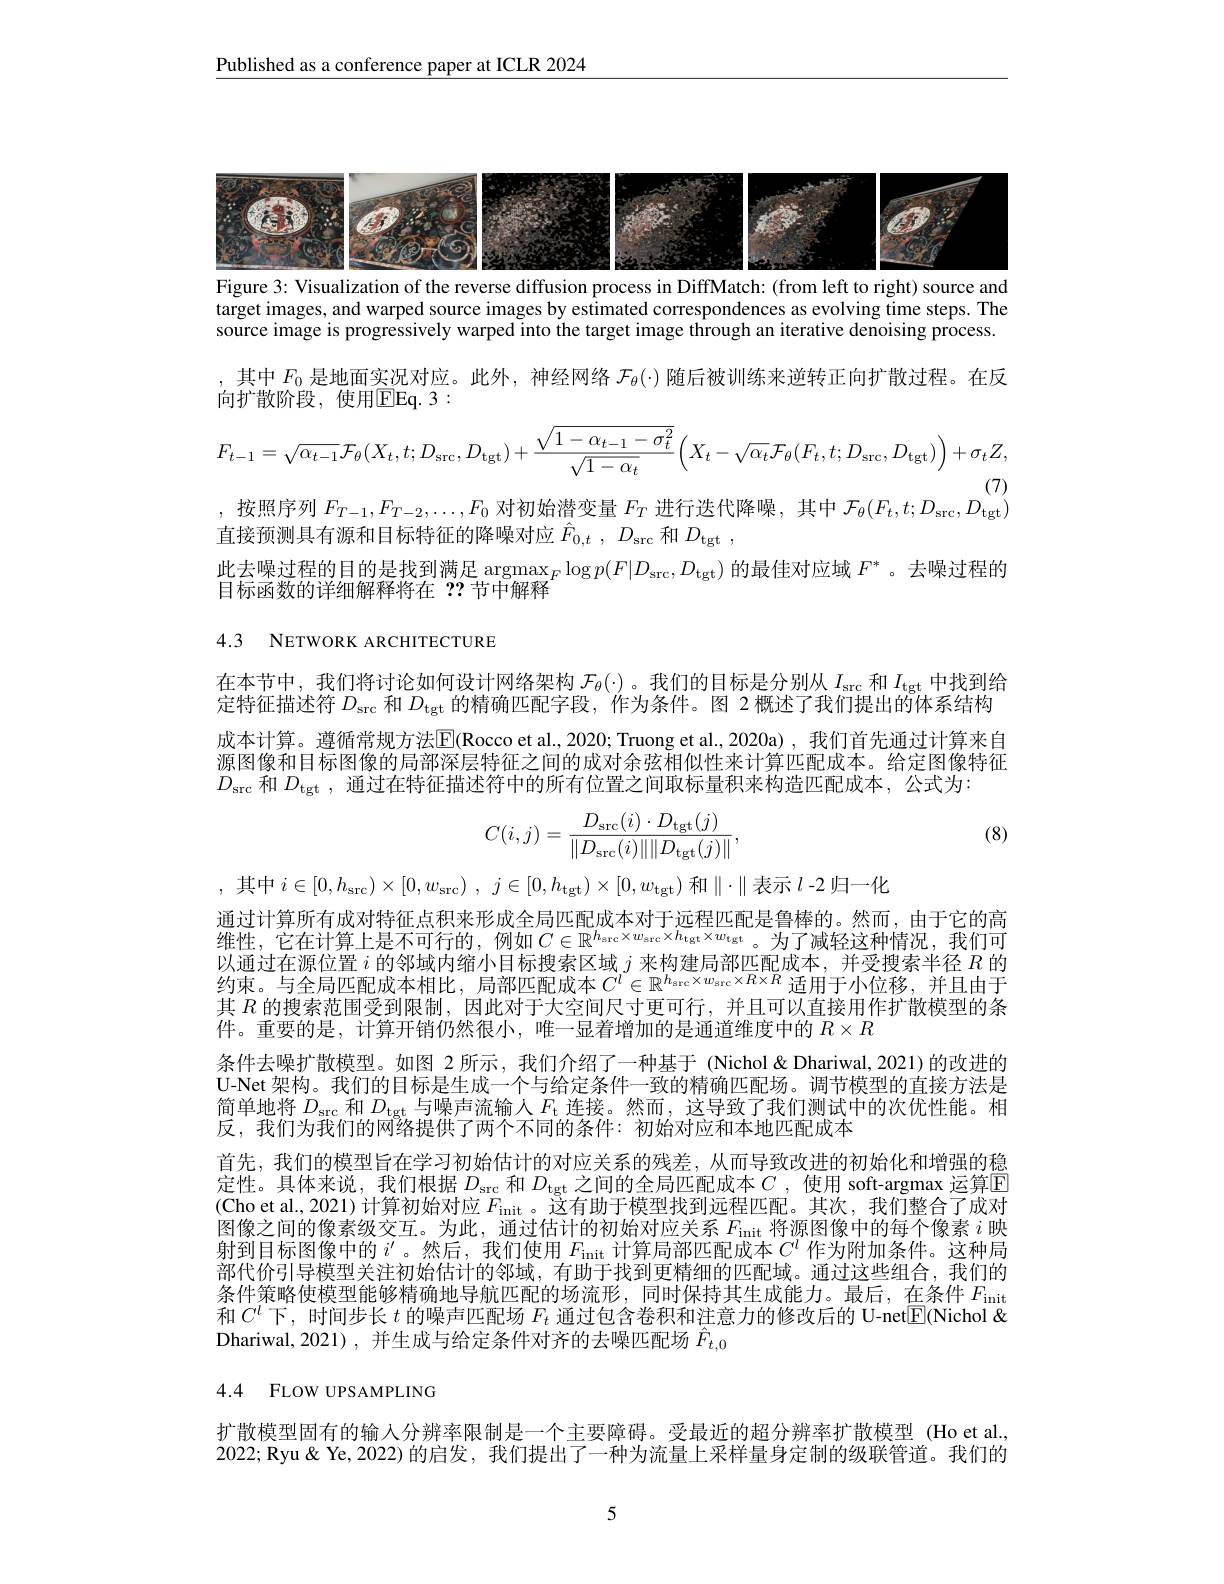
$\underline{\text{Published as a conference paper at ICLR 2024}}$

<FigureHere>
Figure 3: Visualization of the reverse diffusion process in DiffMatch: (from left to right) source and

target images, and warped source images by estimated correspondences as evolving time steps. The source image is progressively warped into the target image through an iterative denoising process.

,其中$F_0$是地面实况对应。此外，神经网络$\mathcal{F}_\theta(\cdot)$随后被训练来逆转正向扩散过程。在反
向扩散阶段，使用$\overline{\mathrm{E}}$Eq.3:
$$F_{t-1}=\sqrt{\alpha_{t-1}}\mathcal{F}_{\theta}(X_{t},t;D_{\mathrm{src}},D_{\mathrm{tgt}})+\frac{\sqrt{1-\alpha_{t-1}-\sigma_{t}^{2}}}{\sqrt{1-\alpha_{t}}}\left(X_{t}-\sqrt{\alpha_{t}}\mathcal{F}_{\theta}(F_{t},t;D_{\mathrm{src}},D_{\mathrm{tgt}})\right)+\sigma_{t}Z,$$
按照序列$F_T-1,F_{T-2},\ldots,F_0$对初始潜变量$F_T$进行迭代降噪，其中$\mathcal{F}_\theta(F_t,t;D_{\mathrm{src}},D_{\mathrm{tgt}})$

直接预测具有源和目标特征的降噪对应$\hat{F} _{0, t}$ , $D_{\mathrm{src}}$和$D_{\mathrm{tgt}}$ ,
此去噪过程的目的是找到满足$\operatorname*{argmax}_F\log p(F|D_{\mathrm{src}},D_{\mathrm{tgt}})$ 的最佳对应域 $F^*$ 。去噪过程的
目标函数的详细解释将在？?节中解释

4.3 NETWORK ARCHITECTURE

在本节中，我们将讨论如何设计网络架构$\mathcal{F}_\theta(\cdot)$。我们的目标是分别从$I_\mathrm{src}$和$I_\mathrm{tgt}$中找到给定特征描述符$D_\mathrm{src}$和$D_\mathrm{tgt}$的精确匹配字段，作为条件。图 2 概述了我们提出的体系结构成本计算。遵循常规方法$\overline{\mathbb{E}}$(Rocco et al., 2020; Truong et al., 2020a), 我们首先通过计算来自源图像和目标图像的局部深层特征之间的成对余弦相似性来计算匹配成本。给定图像特征$D_{\mathrm{src}}$和$D_\mathrm{tgt}$,通过在特征描述符中的所有位置之间取标量积来构造匹配成本，公式为：

(8)
$$C(i,j)=\frac{D_{\mathrm{src}}(i)\cdot D_{\mathrm{tgt}}(j)}{\|D_{\mathrm{src}}(i)\|\|D_{\mathrm{tgt}}(j)\|},$$
, 其中 $i\in [ 0, h_{\mathrm{src}}) \times [ 0, w_{\mathrm{src}})$ , $j\in [ 0, h_{\mathrm{tgt}}) \times [ 0, w_{\mathrm{tgt}})$ 和$\|\cdot\|$表示 $l$-2 归一化
通过计算所有成对特征点积来形成全局匹配成本对于远程匹配是鲁棒的。然而，由于它的高维性，它在计算上是不可行的，例如$C\in\mathbb{R}^h_{\mathrm{src}}\times w_{\mathrm{src}}\times h_{\mathrm{tgt}}\times w_{\mathrm{tgt}}$。为了减轻这种情况，我们可以通过在源位置$i$的邻域内缩小目标搜索区域$j$来构建局部匹配成本，并受搜索半径$R$的约束。与全局匹配成本相比，局部匹配成本$C^l\in\mathbb{R}^{h_\mathrm{src}\times w_\mathrm{src}\times R\times R}$适用于小位移，并且由于其$R$的搜索范围受到限制，因此对于大空间尺寸更可行，并且可以直接用作扩散模型的条件。重要的是，计算开销仍然很小，唯一显着增加的是通道维度中的$R\times R$
条件去噪扩散模型。如图 2 所示，我们介绍了一种基于 (Nichol&Dhariwal,2021)的改进的U-Net 架构。我们的目标是生成一个与给定条件一致的精确匹配场。调节模型的直接方法是简单地将$D_\mathrm{src}$和$D_\mathrm{tgt}$与噪声流输人$F_\mathrm{t}$连接。然而，这导致了我们测试中的次优性能。相反，我们为我们的网络提供了两个不同的条件：初始对应和本地匹配成本
首先，我们的模型旨在学习初始估计的对应关系的残差，从而导致改进的初始化和增强的稳定性。具体来说，我们根据$D_\mathrm{src}$和$D_\mathrm{tgt}$之间的全局匹配成本$C$ ,使用 soft-argmax 运算$\boxed{\text{E}}$ (Cho et al., 2021) 计算初始对应$F_\mathrm{init}$。这有助于模型找到远程匹配。其次，我们整合了成对图像之间的像素级交互。为此，通过估计的初始对应关系$F_\mathrm{init}$将源图像中的每个像素$i$映射到目标图像中的$i^{\prime}$ 。然后，我们使用$F_\mathrm{init}$计算局部匹配成本$C^l$作为附加条件。这种局部代价引导模型关注初始估计的邻域，有助于找到更精细的匹配域。通过这些组合，我们的条件策略使模型能够精确地导航匹配的场流形，同时保持其生成能力。最后，在条件$F_\mathrm{init}$ 和$C^l$下，时间步长$t$的噪声匹配场$F_t$通过包含卷积和注意力的修改后的 U-net$\underline{\mathrm{E}}$(Nichol & Dhariwal,2021),并生成与给定条件对齐的去噪匹配场$\hat{F}_{t,0}$

4.4 FLOW UPSAMPLING

扩散模型固有的输人分辨率限制是一个主要障碍。受最近的超分辨率扩散模型 (Ho et al. 2022; Ryu & Ye, 2022) 的启发，我们提出了一种为流量上采样量身定制的级联管道。我们的

5